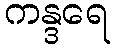
ကန္ဒရေ